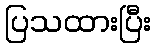
ပြသထားပြီး